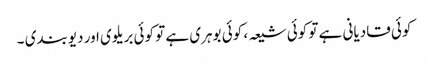
کوئی قادیانی ہے تو کوئی شیعہ ، کوئی بوہری ہے تو کوئی بریلوی اور دیوبندی ۔